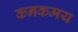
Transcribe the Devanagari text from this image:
कनकमय